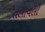
તલાવલી